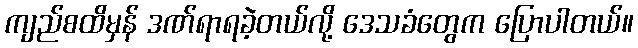
ကျည်စထိမှန် ဒဏ်ရာရခဲ့တယ်လို့ ဒေသခံတွေက ပြောပါတယ်။